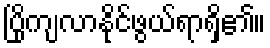
ပြိုကျလာနိုင်ဖွယ်ရာရှိ၏။